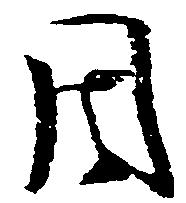
周